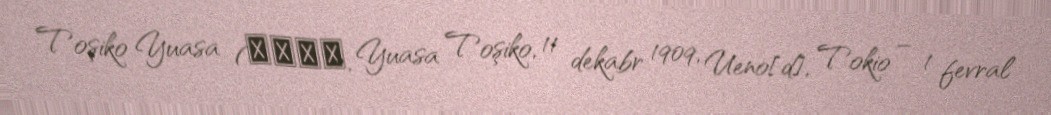
Toşiko Yuasa (湯浅年子, Yuasa Toşiko, 11 dekabr 1909, Ueno[d], Tokio – 1 fevral